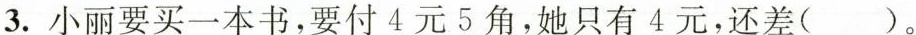
3.小丽要买一本书，要付4元5角，她只有4元，还差（）